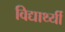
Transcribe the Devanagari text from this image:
विद्यार्थ्यी